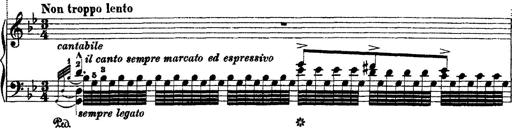
Title: Ã‰tudes d'exÃ©cution transcendante d'aprÃ¨s Paganini
Composer: Franz Liszt